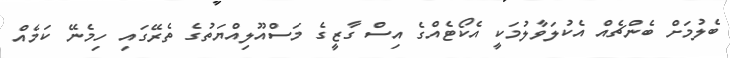
ބެލުމަށް ބެންޗެއް އެކުލަވާލުމަކީ އެކޯޓެއްގެ އިސް ގާޒީގެ މަސްއޫލިއްޔަތުގެ ތެރޭގައި ހިމެނޭ ކަމެއް